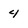
Character: 4